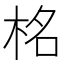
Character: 𭩹